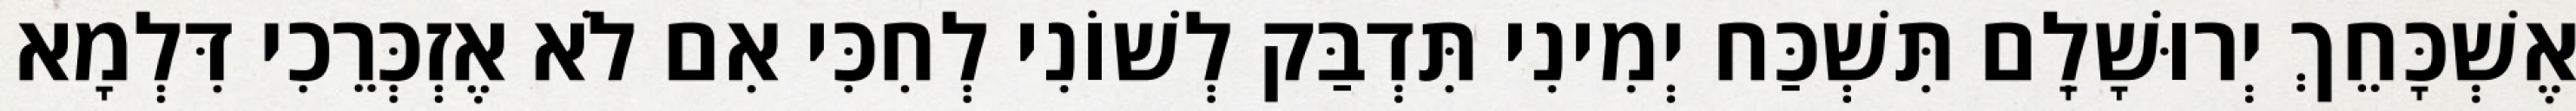
אֶשְׁכָּחֵךְ יְרוּשָׁלִָם תִּשְׁכַּח יְמִינִי תִּדְבַּק לְשׁוֹנִי לְחִכִּי אִם לֹא אֶזְכְּרֵכִי דִּלְמָא